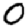
Digit: 0